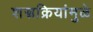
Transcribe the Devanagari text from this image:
शस्त्रक्रियांमुळे